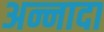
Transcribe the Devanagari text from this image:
अन्नादा